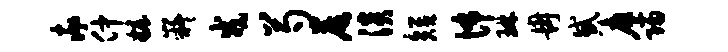
率仲妆嶷戎芍晨淡短怖琳冉惑廖归